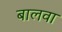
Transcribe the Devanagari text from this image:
बालवा